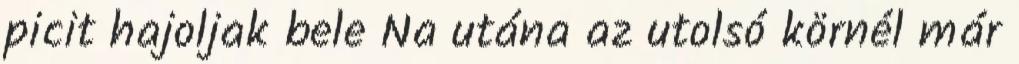
picit hajoljak bele Na utána az utolsó körnél már